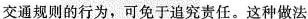
交通规则的行为，可免于追究责任。这种做法